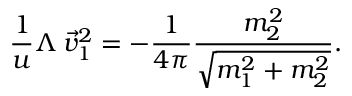
\frac { 1 } { u } \Lambda \, \vec { v } _ { 1 } ^ { 2 } = - \frac { 1 } { 4 \pi } \frac { m _ { 2 } ^ { 2 } } { \sqrt { m _ { 1 } ^ { 2 } + m _ { 2 } ^ { 2 } } } .